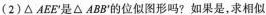
(2)\triangle AEE^{\prime}是\triangle ABB^{\prime}的位似图形吗?如果是，求相似